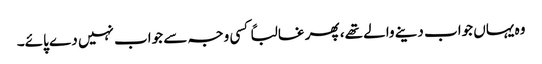
وہ یہاں جواب دینے والے تھے، پھر غالباً کسی وجہ سے جواب نہیں دے پائے۔